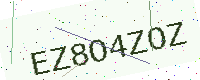
Text: EZ8O4ZOZ